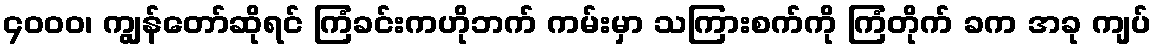
၄ဝဝဝ၊ ကျွန်တော်ဆိုရင် ကြံခင်းကဟိုဘက် ကမ်းမှာ သကြားစက်ကို ကြံတိုက် ခက အခု ကျပ်